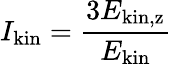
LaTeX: I_{\mathrm{kin}}=\frac{3E_{\mathrm{kin,z}}}{E_{\mathrm{kin}}}